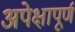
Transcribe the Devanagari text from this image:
अपेक्षापूर्ण